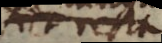
fiet recta